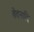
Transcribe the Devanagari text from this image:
वेदनादि